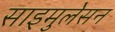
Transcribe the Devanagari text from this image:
साइमुलेसन